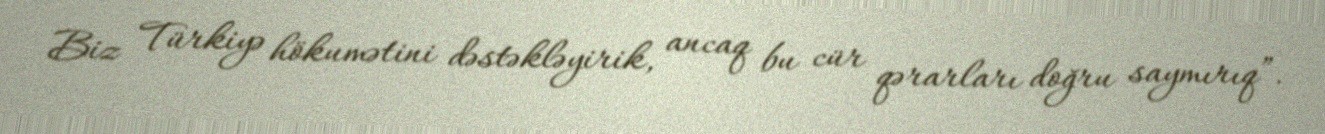
Biz Türkiyə hökumətini dəstəkləyirik, ancaq bu cür qərarları doğru saymırıq”.